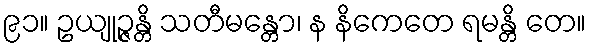
၉၁။ ဥယျုဉ္ဇန္တိ သတီမန္တော၊ န နိကေတေ ရမန္တိ တေ။